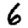
Digit: 6